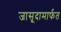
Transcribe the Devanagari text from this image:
जासूदामार्फत